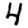
Digit: 4